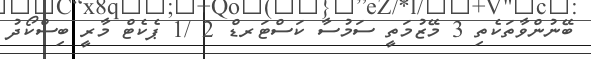
ބޭނުންވާތަކެތި 3 މޭޒުމަތީ ސަމުސާ ކަސްޓަރޑް 2 /1 ޕެކެޓް މާރީ ބިސްކޯދު